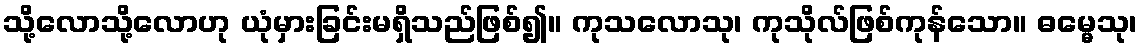
သို့လောသို့လောဟု ယုံမှားခြင်းမရှိသည်ဖြစ်၍။ ကုသလောသု၊ ကုသိုလ်ဖြစ်ကုန်သော။ ဓမ္မေသု၊